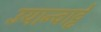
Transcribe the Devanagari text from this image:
उयान्वाट्टे